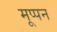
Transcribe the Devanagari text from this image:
मूप्पन